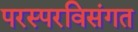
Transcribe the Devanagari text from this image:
परस्परविसंगत